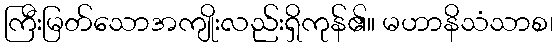
ကြီးမြတ်သောအကျိုးလည်းရှိကုန်၏။ မဟာနိသံသာစ၊